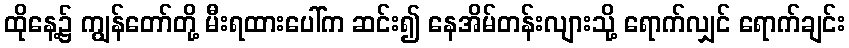
ထိုနေ့၌ ကျွန်တော်တို့ မီးရထားပေါ်က ဆင်း၍ နေအိမ်တန်းလျားသို့ ရောက်လျှင် ရောက်ချင်း